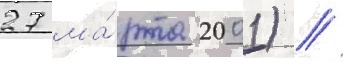
27 ма́рта 2001) //